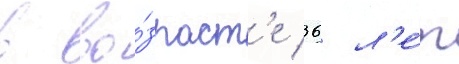
в во́зраст'е 36 л'е́т